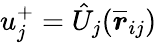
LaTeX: u_{j}^{+}=\hat{U}_{j}(\overline{{\boldsymbol{r}}}_{ij})